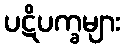
ပဋိပက္ခများ